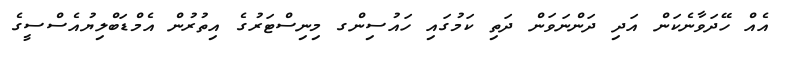
އެއް ހޭދަވާނެކަން އަދި ދަންނަވަން ދަތި ކަމުގައި ހައުސިންގ މިނިސްޓަރުުގެ އިތުރުން އެމްޑަބްލިޔުއެސްސީގެ